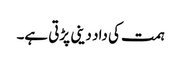
ہمت کی داد دینی پڑتی ہے۔